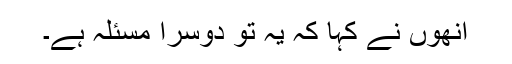
انھوں نے کہا کہ یہ تو دوسرا مسئلہ ہے۔